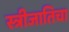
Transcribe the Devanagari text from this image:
स्त्रीजातिचा